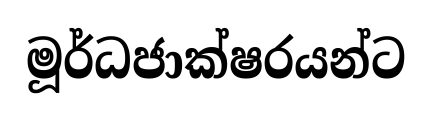
මූර්ධජාක්ෂරයන්ට